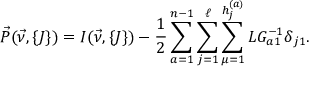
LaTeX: \vec { P } ( \vec { \nu } , \{ J \} ) = { \cal I } ( \vec { \nu } , \{ J \} ) - { \frac { 1 } { 2 } } \sum _ { a = 1 } ^ { n - 1 } \sum _ { j = 1 } ^ { \ell } \sum _ { \mu = 1 } ^ { h _ { j } ^ { ( a ) } } L G _ { a 1 } ^ { - 1 } \delta _ { j 1 } .